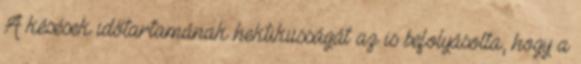
A késések időtartamának hektikusságát az is befolyásolta, hogy a